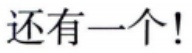
还有一个!